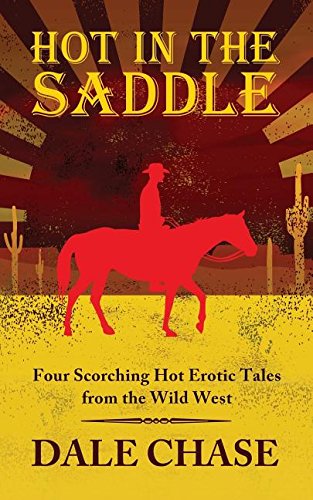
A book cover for Hot in the Saddle; Dale Chase; Romance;